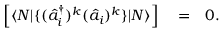
\begin{array} { r l r } { \Big [ \langle N | \{ ( \hat { a } _ { i } ^ { \dagger } ) ^ { k } ( \hat { a } _ { i } ) ^ { k } \} | N \rangle \Big ] } & { { } = } & { 0 . } \end{array}